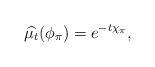
LaTeX: \begin{align*} \widehat{\mu_{t}}(\phi_{\pi}) = e^{- t\chi_{\pi}},\end{align*}